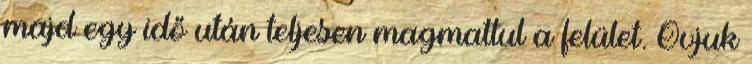
majd egy idő után teljesen magmattul a felület. Óvjuk